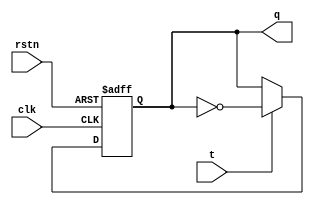
module tff (
  input clk,
  input rstn,
  input t,
  output reg q
);

  always @(posedge clk or negedge rstn) begin
    if (!rstn) begin
      q <= 1'b0;
    end else begin
      q <= t ? ~q : q;
    end
  end

endmodule